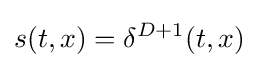
s(t,x)=\delta ^{D+1}(t,x)